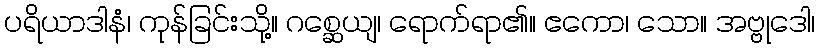
ပရိယာဒါနံ၊ ကုန်ခြင်းသို့။ ဂစ္ဆေယျ၊ ရောက်ရာ၏။ ဧကော၊ သော။ အဗ္ဗုဒေါ၊